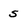
Character: s